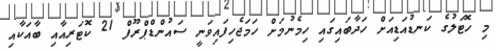
މި ހޮޓަލުގެ ކަނޑުއަޑިއަށް ހަދާބައިގައި ހިމެނުމަށް ހަމަޖެހިފައިވަނީ ސައުންޑްޕްރޫފް 21 ކޮޓަރިއާއި ބާއަކާއި